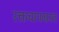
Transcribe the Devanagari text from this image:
रक्तचापग्रस्त